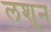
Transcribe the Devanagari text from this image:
लशुन